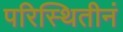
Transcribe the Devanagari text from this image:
परिस्थितीनं